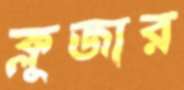
ক্লুজার